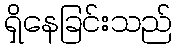
ရှိနေခြင်းသည်